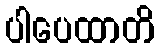
ပါပေထာတိ